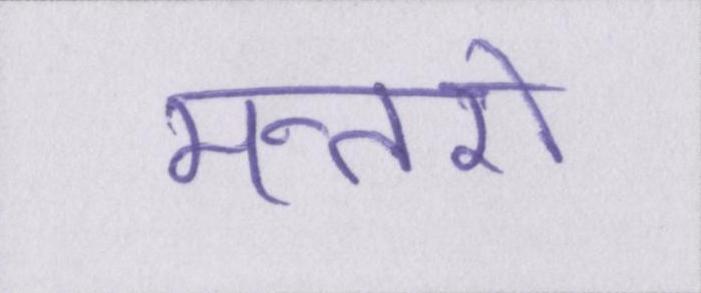
मन्तरो